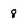
Character: 8